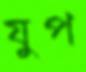
যুপ